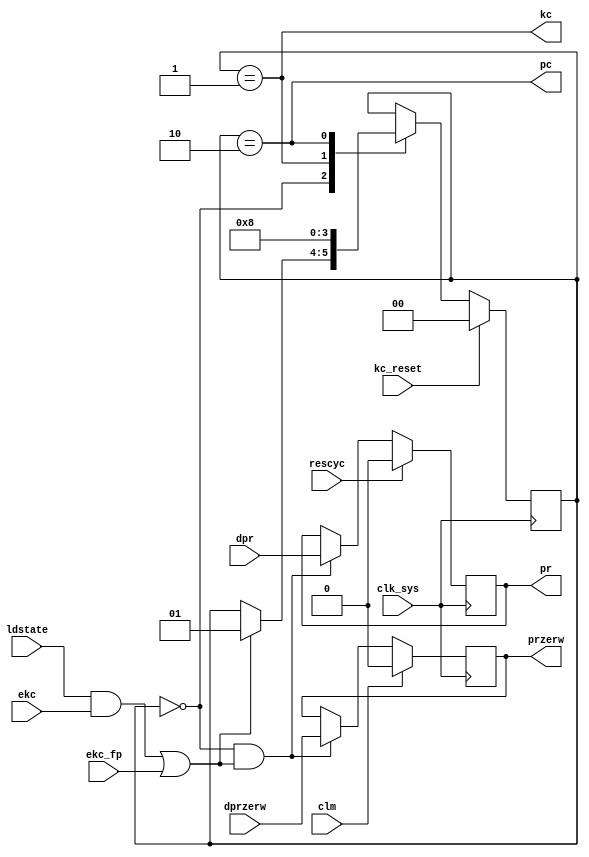
module kcpc(
	input clk_sys,
	input kc_reset,
	input ekc,
	input ekc_fp,
	input ldstate,
	input rescyc,
	input dpr,
	output pr,
	input clm,
	input dprzerw,
	output przerw,
	output kc,
	output pc
);

	localparam ST_IDLE	= 2'd0;
	localparam ST_KC		= 2'd1;
	localparam ST_PC		= 2'd2;

	assign kc = (state == ST_KC);
	assign pc = (state == ST_PC);
	wire idle = (state == ST_IDLE);

	wire kc_trig = (ldstate & ekc) | ekc_fp;

	// KC, PC

	reg [1:0] state = ST_IDLE;
	always @ (posedge clk_sys) begin
		if (kc_reset) state <= ST_IDLE;
		else case (state)
			ST_IDLE: if (kc_trig) state <= ST_KC;
			ST_KC: state <= ST_PC;
			ST_PC: state <= ST_IDLE;
		endcase
	end

	// PR, PRZERW

	always @ (posedge clk_sys) begin
		if (rescyc) pr <= 1'b0;
		else if (idle & kc_trig) pr <= dpr;
		if (clm) przerw <= 1'b0;
		else if (idle & kc_trig) przerw <= dprzerw;
	end

endmodule